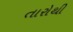
તારોથી